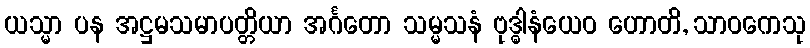
ယသ္မာ ပန အဋ္ဌမသမာပတ္တိယာ အင်္ဂတော သမ္မသနံ ဗုဒ္ဓါနံယေဝ ဟောတိ, သာဝကေသု